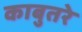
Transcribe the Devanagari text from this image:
काबुतरे